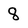
Character: 8